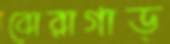
বোরাগাড়